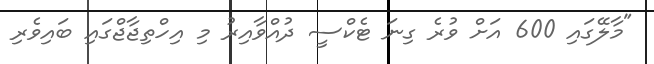
"މާލޭގައި 600 އަށް ވުރެ ގިނަ ޓެކްސީ ދުއްވާއިރު މި އިހްތިޖާޖްގައި ބައިވެރި